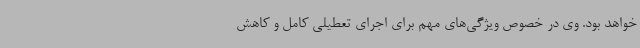
خواهد بود. وی در خصوص ویژگی‌های مهم برای اجرای تعطیلی کامل و کاهش